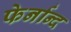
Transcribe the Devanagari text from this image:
फेर्नान्द